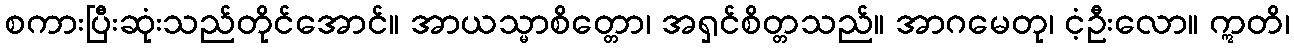
စကားပြီးဆုံးသည်တိုင်အောင်။ အာယသ္မာစိတ္တော၊ အရှင်စိတ္တသည်။ အာဂမေတု၊ ငံ့ဦးလော။ ဣတိ၊